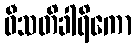
ဝီသတိခါရိကော